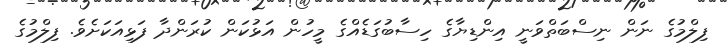
ފިލްމުގެ ނަން ނިސްބަތްވަނީ އިންޑިޔާގެ ހިސާބުގަޑެއްގެ މީހުން އަޅުކަން ކުރަންދާ ފަޅިއަކަށެވެ. ފިލްމުގެ